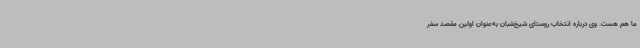
ما هم هست. وی درباره انتخاب روستای شیخ‌شبان به‌عنوان اولین مقصد سفر